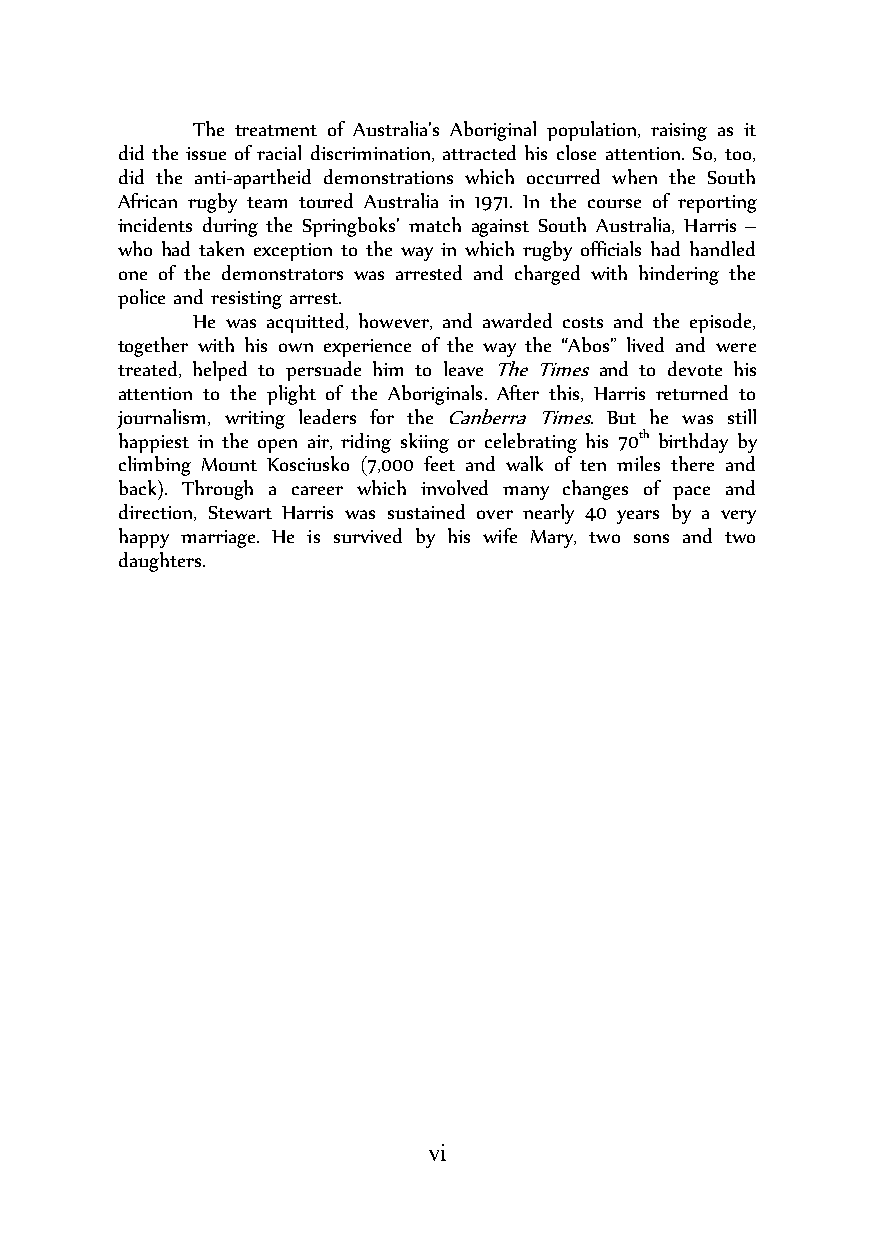
The treatment of Australia’s Aboriginal population, raising as it
 did the issue of racial discrimination, attracted his close attention. So, too,
 did the anti-apartheid demonstrations which occurred when the South
 African rugby team toured Australia in 1971. In the course of reporting
 incidents during the Springboks’ match against South Australia, Harris –
 who had taken exception to the way in which rugby officials had handled
 one of the demonstrators was arrested and charged with hindering the
 police and resisting arrest.
 He was acquitted, however, and awarded costs and the episode,
 together with his own experience of the way the “Abos” lived and were
 treated, helped to persuade him to leave The Times and to devote his
 attention to the plight of the Aboriginals. After this, Harris returned to
 journalism, writing leaders for the Canberra Times. But he was still
 happiest in the open air, riding skiing or celebrating his 70th birthday by
 climbing Mount Kosciusko (7,000 feet and walk of ten miles there and
 back). Through a career which involved many changes of pace and
 direction, Stewart Harris was sustained over nearly 40 years by a very
 happy marriage. He is survived by his wife Mary, two sons and two
 daughters.
 vi